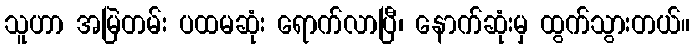
သူဟာ အမြဲတမ်း ပထမဆုံး ရောက်လာပြီ၊ နောက်ဆုံးမှ ထွက်သွားတယ်။